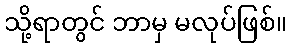
သို့ရာတွင် ဘာမှ မလုပ်ဖြစ်။